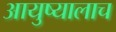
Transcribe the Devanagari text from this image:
आयुष्यालाच